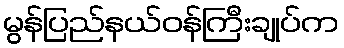
မွန်ပြည်နယ်ဝန်ကြီးချုပ်က